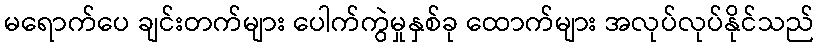
မရောက်ပေ ချင်းတက်များ ပေါက်ကွဲမှုနှစ်ခု ထောက်များ အလုပ်လုပ်နိုင်သည်